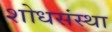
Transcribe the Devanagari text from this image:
शोधसंस्था